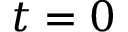
t = 0